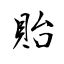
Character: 貽